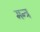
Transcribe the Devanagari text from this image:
मन्‍त्र